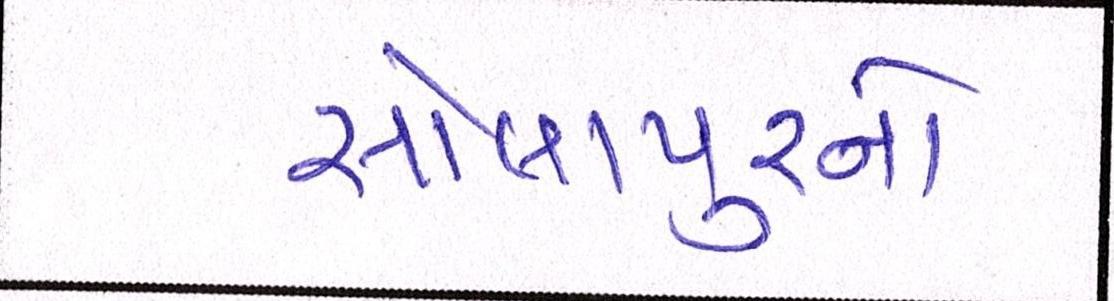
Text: સોલાપુરનો